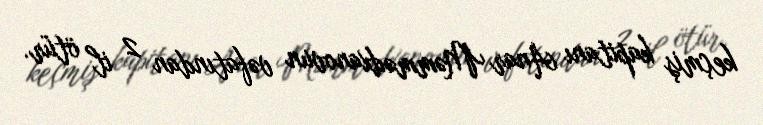
keçmiş kapitanı Anar Məmmədxanovun vəfatından 2 il ötür.